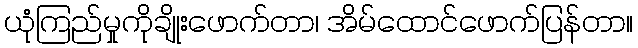
ယုံကြည်မှုကိုချိုးဖောက်တာ၊ အိမ်ထောင်ဖောက်ပြန်တာ။